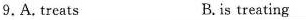
9.A.treats B.is treating